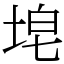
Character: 𪣝